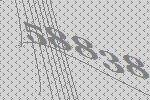
58838